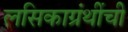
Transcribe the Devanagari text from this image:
लसिकाग्रंथींची